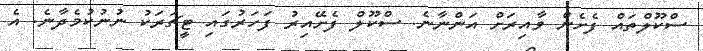
ސްކޫލްތައް ފެށެން ވާއިރަށް އަންނާނެ. ސްކޫލް ފެށޭއިރު ފަހަރުގައި ޓީޗަރަކު ނުނުކުމެދާނެ. އެ